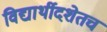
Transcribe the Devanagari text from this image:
विद्यार्थीदशेतच